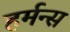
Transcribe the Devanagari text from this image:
हर्मन्स